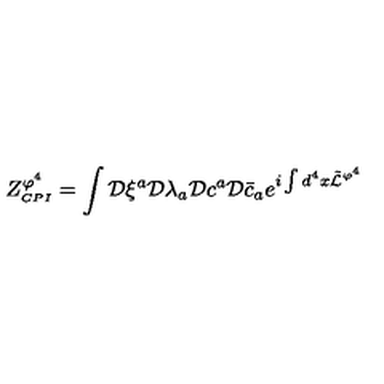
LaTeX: \displaystyle Z _ { \scriptscriptstyle C P I } ^ { \varphi ^ { 4 } } = \int { \cal { D } } \xi ^ { a } { \cal { D } } \lambda _ { a } { \cal { D } } c ^ { a } { \cal { D } } \bar { c } _ { a } e ^ { i \int d ^ { 4 } x \tilde { \cal { L } } ^ { \varphi ^ { 4 } } }